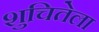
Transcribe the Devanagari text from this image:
शुचितेला